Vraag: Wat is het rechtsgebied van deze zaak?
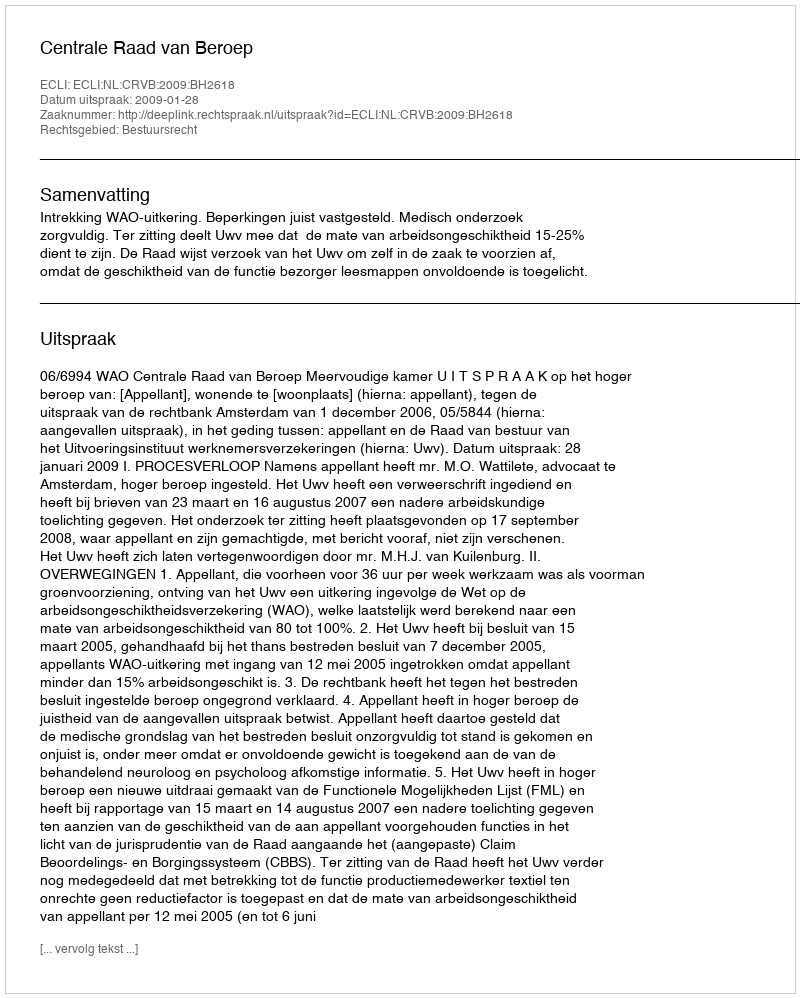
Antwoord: Bestuursrecht